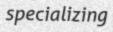
specializing